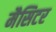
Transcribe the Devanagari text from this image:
मैसिटर